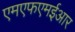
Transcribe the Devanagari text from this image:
एमएफएमईआर